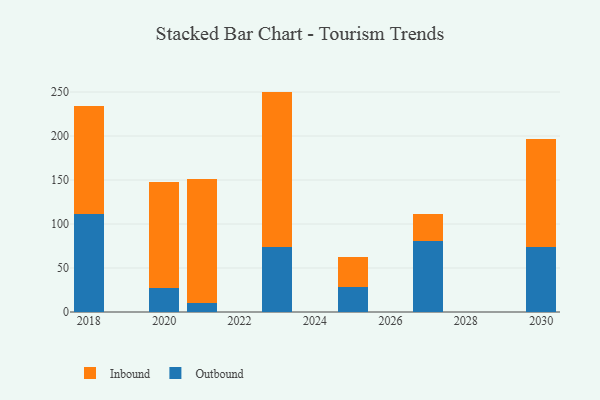
{"axis": {"x": "Year", "y": "Inventory Turnover"}, "legend": ["Inbound", "Outbound"], "data": [{"x": "2027", "y": 80.8, "type": "Outbound"}, {"x": "2027", "y": 30.2, "type": "Inbound"}, {"x": "2018", "y": 111.4, "type": "Outbound"}, {"x": "2018", "y": 122.8, "type": "Inbound"}, {"x": "2025", "y": 27.9, "type": "Outbound"}, {"x": "2025", "y": 35.1, "type": "Inbound"}, {"x": "2021", "y": 10.3, "type": "Outbound"}, {"x": "2021", "y": 140.5, "type": "Inbound"}, {"x": "2020", "y": 27.2, "type": "Outbound"}, {"x": "2020", "y": 120.9, "type": "Inbound"}, {"x": "2023", "y": 73.8, "type": "Outbound"}, {"x": "2023", "y": 176.7, "type": "Inbound"}, {"x": "2030", "y": 73.6, "type": "Outbound"}, {"x": "2030", "y": 123.2, "type": "Inbound"}]}